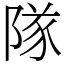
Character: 隊